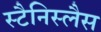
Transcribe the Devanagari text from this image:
स्टैनिस्लैस